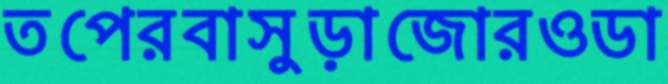
তপেরবাসুড়াজোরওডা